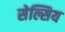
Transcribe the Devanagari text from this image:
सेल्सिय